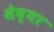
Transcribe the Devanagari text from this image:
सेव्यर